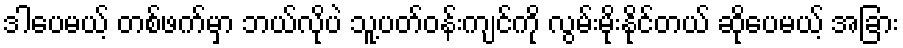
ဒါပေမယ့် တစ်ဖက်မှာ ဘယ်လိုပဲ သူ့ပတ်ဝန်းကျင်ကို လွမ်းမိုးနိုင်တယ် ဆိုပေမယ့် အခြား